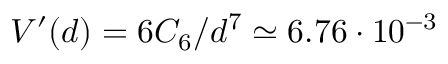
V ^ { \prime } ( d ) = 6 C _ { 6 } / d ^ { 7 } \simeq 6 . 7 6 \cdot 1 0 ^ { - 3 }